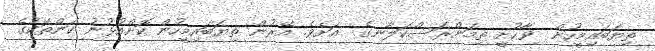
ތިޔަބައިމީހުން  ވާހުށީ ތިމަންރަސްކަލާނގެ  އަށެވެ. އޭރުން ތިޔަބައިމީހުން ކޮށްއުޅުނު ކަންތަކުގެ